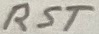
Text: RST